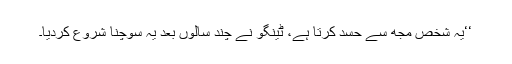
‘‘یہ شخص مجھ سے حسد کرتا ہے، ٹینگو نے چند سالوں بعد یہ سوچنا شروع کردیا۔